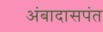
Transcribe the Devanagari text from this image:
अंबादासपंत